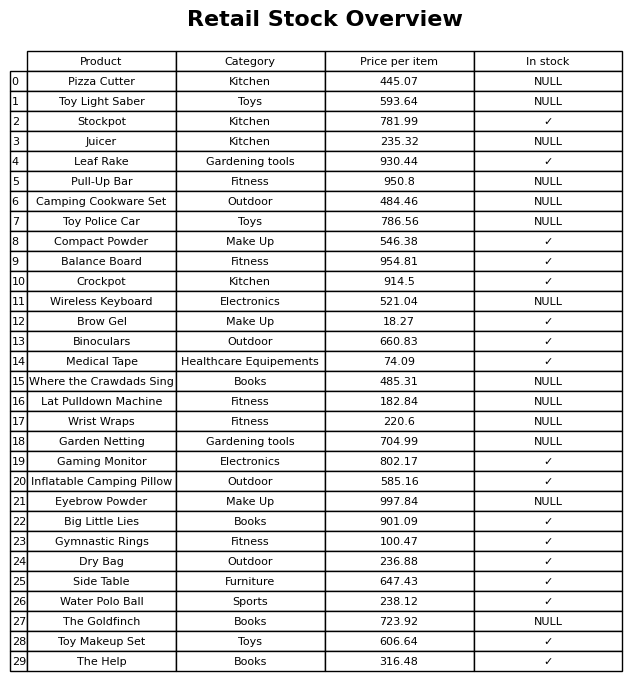
question: Is the Pull-Up Bar in stock?
answer: NULL